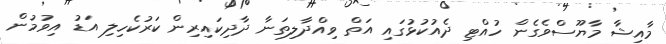
މާއިޝާ މާޔޫސްވެގެން ހުއްޓި ދެއުކުޅުގައި އަތް ވިއްދާލިތަނާ ދާދިކައިރިން ކަރުކެހިލި އަޑު އިވުމުން